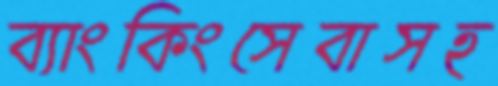
ব্যাংকিংসেবাসহ